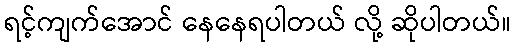
ရင့်ကျက်အောင် နေနေရပါတယ် လို့ ဆိုပါတယ်။